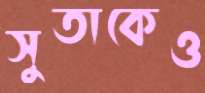
সুতাকেও